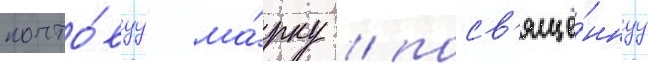
почто́вуу ма́рку / посв'ящё́ннуу